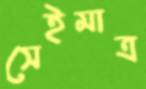
সেইমাত্র